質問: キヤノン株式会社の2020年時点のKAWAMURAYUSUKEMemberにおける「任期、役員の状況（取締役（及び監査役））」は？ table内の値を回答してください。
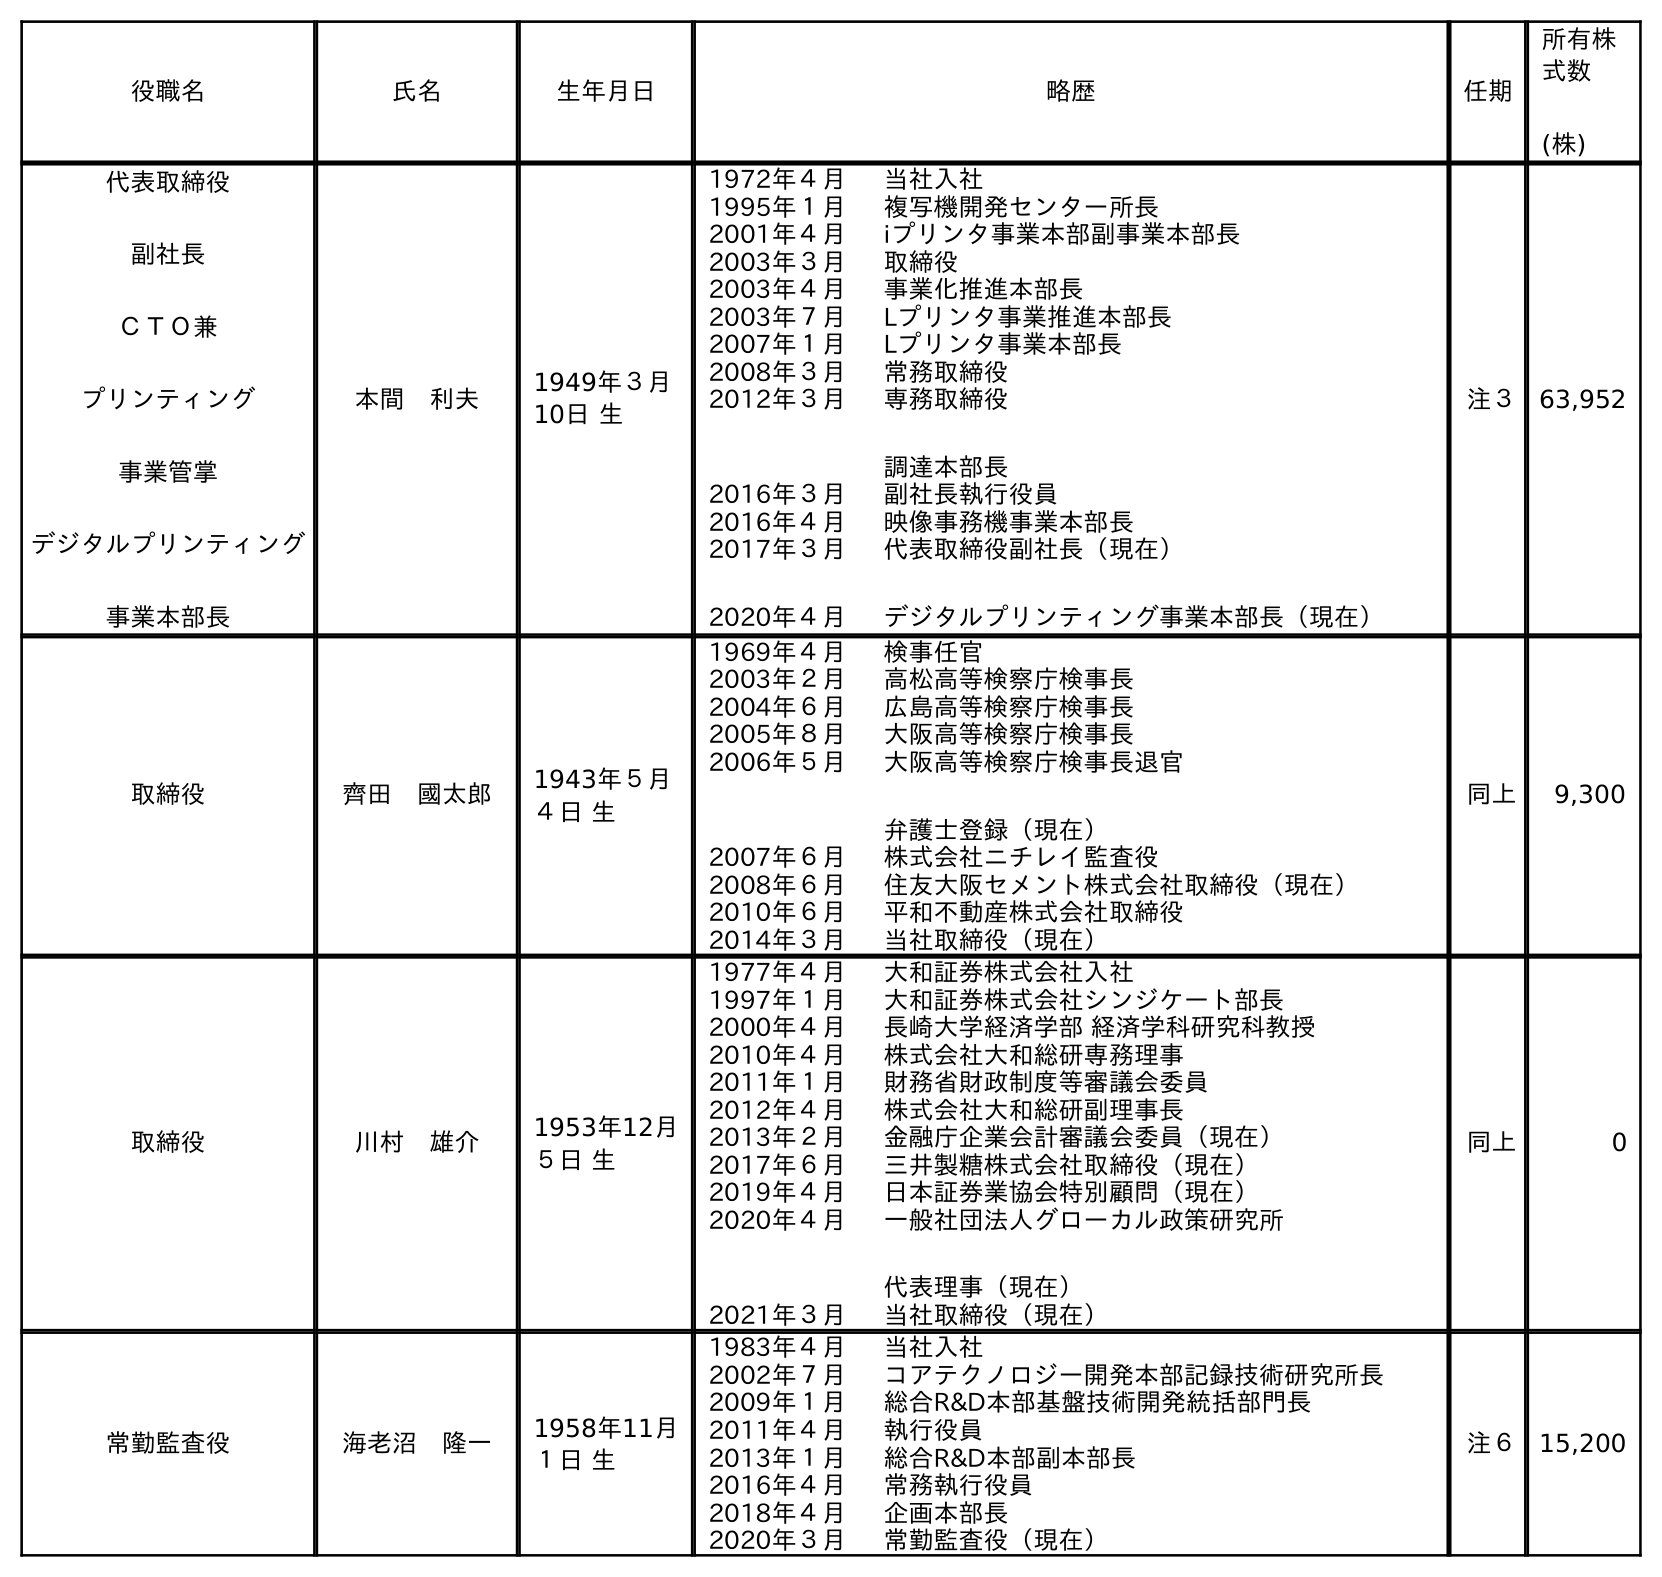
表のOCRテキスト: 役職名 氏名 生年月日 略歴 任期 所有株 式数 (株) 代表取締役 副社長 ＣＴＯ兼 プリンティング 事業管掌 デジタルプリンティング 事業本部長 本間 利夫 1949年３月 10日 生 1972年４月 当社入社 1995年１月 複写機開発センター所長 2001年４月 iプリンタ事業本部副事業本部長 2003年３月 取締役 2003年４月 事業化推進本部長 2003年７月 Lプリンタ事業推進本部長 2007年１月 Lプリンタ事業本部長 2008年３月 常務取締役 2012年３月 専務取締役 調達本部長 2016年３月 副社長執行役員 2016年４月 映像事務機事業本部長 2017年３月 2020年４月 代表取締役副社長（現在） デジタルプリンティング事業本部長（現在） 注３ 63,952 取締役 齊田 國太郎 1943年５月 ４日 生 1969年４月 検事任官 2003年２月 高松高等検察庁検事長 2004年６月 広島高等検察庁検事長 2005年８月 大阪高等検察庁検事長 2006年５月 大阪高等検察庁検事長退官 弁護士登録（現在） 2007年６月 株式会社ニチレイ監査役 2008年６月 住友大阪セメント株式会社取締役（現在） 2010年６月 平和不動産株式会社取締役 2014年３月 当社取締役（現在） 同上 9,300 取締役 川村 雄介 1953年12月 ５日 生 1977年４月 大和証券株式会社入社 1997年１月 大和証券株式会社シンジケート部長 2000年４月 長崎大学経済学部 経済学科研究科教授 2010年４月 株式会社大和総研専務理事 2011年１月 財務省財政制度等審議会委員 2012年４月 株式会社大和総研副理事長 2013年２月 金融庁企業会計審議会委員（現在） 2017年６月 三井製糖株式会社取締役（現在） 2019年４月 日本証券業協会特別顧問（現在） 2020年４月 一般社団法人グローカル政策研究所 代表理事（現在） 2021年３月 当社取締役（現在） 同上 0 常勤監査役 海老沼 隆一 1958年11月 １日 生 1983年４月 当社入社 2002年７月 コアテクノロジー開発本部記録技術研究所長 2009年１月 総合R&D本部基盤技術開発統括部門長 2011年４月 執行役員 2013年１月 総合R&D本部副本部長 2016年４月 常務執行役員 2018年４月 企画本部長 2020年３月 常勤監査役（現在） 注６ 15,200
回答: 同上